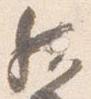
然